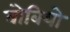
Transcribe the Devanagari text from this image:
बोबियो